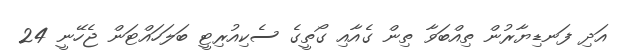
އަދި ފަނޑިޔާރުން ތިއްބަވާ ތިން ގެއާއި ގޯތީގެ ސެކިއުރިޓީ ބަލަހައްޓަން ޖެހޭނީ 24